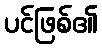
ပင်ဖြစ်၏